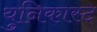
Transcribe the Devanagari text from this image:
युनिकास्ट